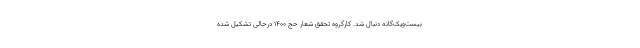
بیست‌ویک‌گانه دنبال شد. کارگروه تحقق شعار حج ۱۴۰۰ درحالی تشکیل شده